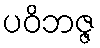
ပဝိဘဇ္ဇ